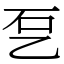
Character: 乭